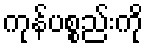
ကုန်ပစ္စည်းကို